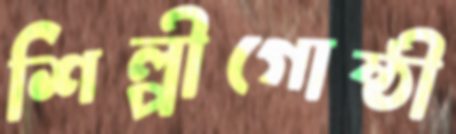
শিল্পীগোষ্ঠী